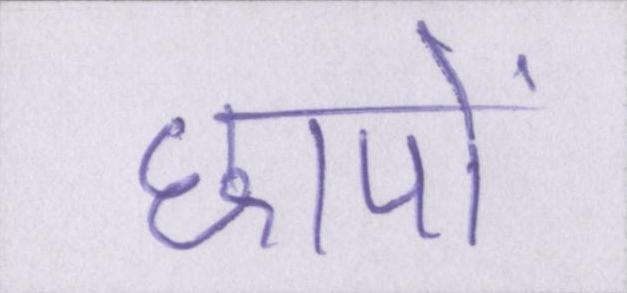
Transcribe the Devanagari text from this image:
छापों